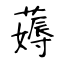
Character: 薅